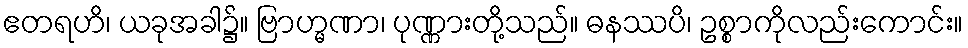
ဧတရဟိ၊ ယခုအခါ၌။ ဗြာဟ္မဏာ၊ ပုဏ္ဏားတို့သည်။ ဓနဿပိ၊ ဥစ္စာကိုလည်းကောင်း။